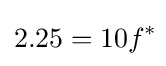
2.25=10f^{*}\!